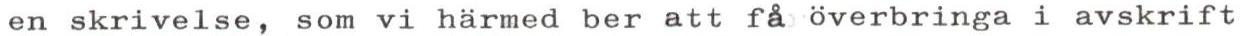
en skrivelse, som vi härmed ber att få överbringa i avskrift